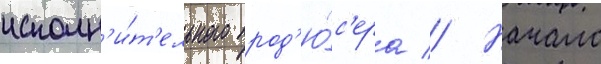
исполн'и́т'ельного прод'ю́с'ера // Начало